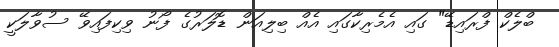
ބްލެކް ފްރައިޑޭ" ގައި އެމެރިކާގައި އެއް ބިލިއަން ޑޮލަރުގެ ފޯނު ވިކިފައިވޭ ސުވާލަކީ